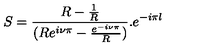
S = \frac { R - \frac { 1 } { R } } { ( R e ^ { i \nu \pi } - \frac { e ^ { - i \nu \pi } } { R } ) } . e ^ { - i \pi l }